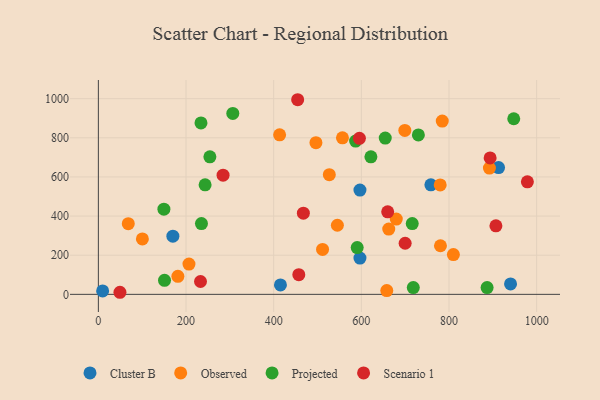
{"axis": {"x": "Study Hours", "y": "Yield"}, "legend": ["Cluster B", "Observed", "Projected", "Scenario 1"], "data": [{"x": "596.8", "y": 185.2, "type": "Cluster B"}, {"x": "913.0", "y": 647.7, "type": "Cluster B"}, {"x": "170.0", "y": 297.3, "type": "Cluster B"}, {"x": "415.4", "y": 48.1, "type": "Cluster B"}, {"x": "9.7", "y": 17.7, "type": "Cluster B"}, {"x": "940.4", "y": 53.1, "type": "Cluster B"}, {"x": "758.6", "y": 559.6, "type": "Cluster B"}, {"x": "596.8", "y": 532.7, "type": "Cluster B"}, {"x": "810.0", "y": 203.1, "type": "Observed"}, {"x": "511.5", "y": 229.7, "type": "Observed"}, {"x": "100.4", "y": 283.3, "type": "Observed"}, {"x": "413.5", "y": 815.2, "type": "Observed"}, {"x": "526.9", "y": 611.7, "type": "Observed"}, {"x": "662.5", "y": 333.8, "type": "Observed"}, {"x": "892.2", "y": 645.4, "type": "Observed"}, {"x": "658.0", "y": 19.5, "type": "Observed"}, {"x": "679.7", "y": 384.7, "type": "Observed"}, {"x": "68.2", "y": 361.0, "type": "Observed"}, {"x": "780.5", "y": 248.3, "type": "Observed"}, {"x": "779.9", "y": 559.5, "type": "Observed"}, {"x": "181.4", "y": 92.0, "type": "Observed"}, {"x": "545.3", "y": 353.1, "type": "Observed"}, {"x": "556.9", "y": 800.0, "type": "Observed"}, {"x": "699.2", "y": 838.0, "type": "Observed"}, {"x": "496.4", "y": 775.2, "type": "Observed"}, {"x": "206.7", "y": 154.6, "type": "Observed"}, {"x": "784.6", "y": 885.4, "type": "Observed"}, {"x": "234.1", "y": 876.2, "type": "Projected"}, {"x": "716.1", "y": 361.7, "type": "Projected"}, {"x": "718.5", "y": 34.7, "type": "Projected"}, {"x": "150.9", "y": 71.8, "type": "Projected"}, {"x": "235.2", "y": 361.8, "type": "Projected"}, {"x": "947.7", "y": 897.4, "type": "Projected"}, {"x": "586.9", "y": 783.3, "type": "Projected"}, {"x": "590.5", "y": 239.2, "type": "Projected"}, {"x": "254.4", "y": 702.8, "type": "Projected"}, {"x": "621.8", "y": 702.9, "type": "Projected"}, {"x": "730.1", "y": 814.8, "type": "Projected"}, {"x": "149.5", "y": 435.5, "type": "Projected"}, {"x": "886.9", "y": 34.7, "type": "Projected"}, {"x": "306.7", "y": 924.8, "type": "Projected"}, {"x": "654.5", "y": 798.7, "type": "Projected"}, {"x": "243.5", "y": 559.6, "type": "Projected"}, {"x": "595.6", "y": 797.3, "type": "Scenario 1"}, {"x": "284.5", "y": 609.2, "type": "Scenario 1"}, {"x": "907.0", "y": 350.1, "type": "Scenario 1"}, {"x": "49.2", "y": 10.6, "type": "Scenario 1"}, {"x": "457.3", "y": 100.8, "type": "Scenario 1"}, {"x": "233.0", "y": 65.6, "type": "Scenario 1"}, {"x": "467.7", "y": 415.0, "type": "Scenario 1"}, {"x": "893.8", "y": 697.0, "type": "Scenario 1"}, {"x": "660.1", "y": 421.6, "type": "Scenario 1"}, {"x": "978.8", "y": 575.2, "type": "Scenario 1"}, {"x": "699.9", "y": 261.1, "type": "Scenario 1"}, {"x": "454.7", "y": 994.7, "type": "Scenario 1"}]}